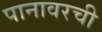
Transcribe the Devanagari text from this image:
पानावरची